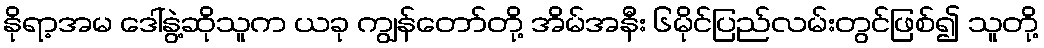
နိုရာ့အမ ဒေါ်နွဲ့ဆိုသူက ယခု ကျွန်တော်တို့ အိမ်အနီး ၆မိုင်ပြည်လမ်းတွင်ဖြစ်၍ သူတို့